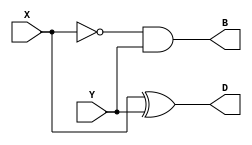
module half_subtractor(input X, Y, output D, B);

  assign D = X ^ Y;

  assign B = ~X & Y;

endmodule